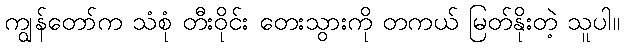
ကျွန်တော်က သံစုံ တီးဝိုင်း တေးသွားကို တကယ် မြတ်နိုးတဲ့ သူပါ။